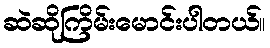
ဆဲဆိုကြိမ်းမောင်းပါတယ်။